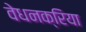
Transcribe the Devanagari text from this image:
वेधनक्रिया